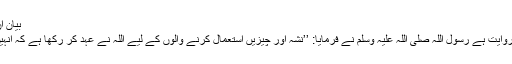
بیان ان کل مسکر خمر 2003)
جابر رضی اللہ عنہ سے روایت ہے رسول اللہ صلی اللہ علیہ وسلم نے فرمایا: ’’نشہ آور چیزیں استعمال کرنے والوں کے لیے اللہ نے عہد کر رکھا ہے کہ انہیں طینۃ الخبال پلائے گا‘‘۔